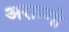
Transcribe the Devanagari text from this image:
अरान्गो